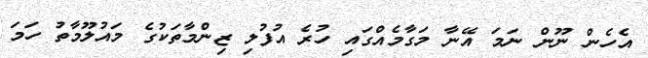
އެހެން ނޫން ނަމަ އޭނާ މަގާމެއްގައި ހުރެ އުފުލި ޒިންމާތަކުގެ މައުލޫމާތު ހަމަ